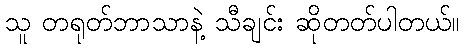
သူ တရုတ်ဘာသာနဲ့ သီချင်း ဆိုတတ်ပါတယ်။